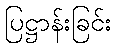
ပြဋ္ဌာန်းခြင်း